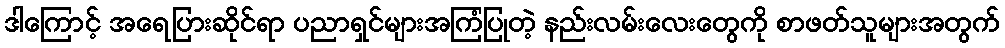
ဒါကြောင့် အရေပြားဆိုင်ရာ ပညာရှင်များအကြံပြုတဲ့ နည်းလမ်းလေးတွေကို စာဖတ်သူများအတွက်